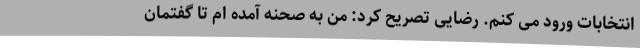
انتخابات ورود می کنم. رضایی تصریح کرد: من به صحنه آمده ام تا گفتمان